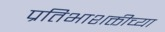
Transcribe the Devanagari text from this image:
प्रतिभाशक्तीच्या